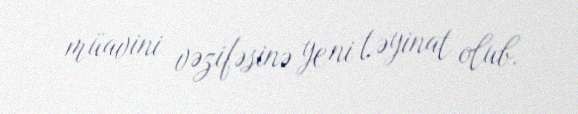
müavini vəzifəsinə yeni təyinat olub.